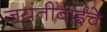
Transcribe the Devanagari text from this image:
जयंतीबाईंचे